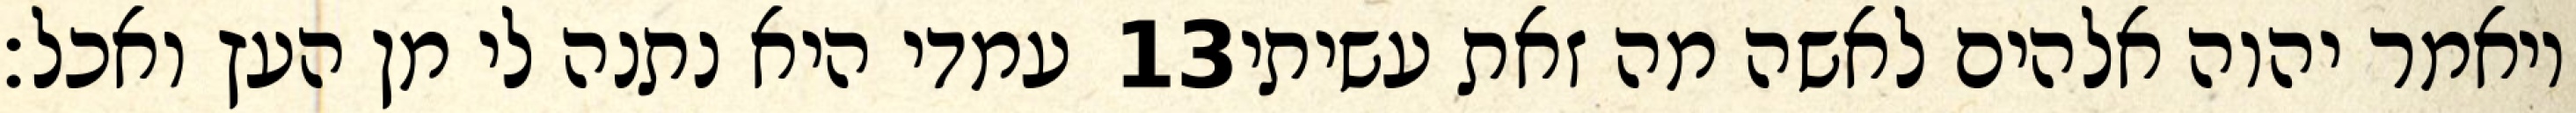
עמדי היא נתנה לי מן העץ ואכל׃ ‎13‏ ויאמר יהוה אלהים לאשה מה זאת עשיתי